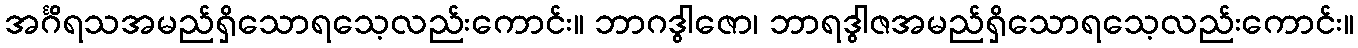
အင်္ဂိရသအမည်ရှိသောရသေ့လည်းကောင်း။ ဘာဂဒွါဇော၊ ဘာရဒွါဇအမည်ရှိသောရသေ့လည်းကောင်း။